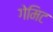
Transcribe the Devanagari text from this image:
गेमिट